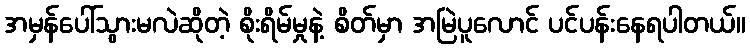
အမှန်ပေါ်သွားမလဲဆိုတဲ့ စိုးရိမ်မှုနဲ့ စိတ်မှာ အမြဲပူလောင် ပင်ပန်းနေရပါတယ်။